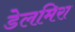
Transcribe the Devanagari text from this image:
डेलमिरा